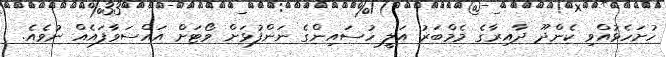
ހުށަހެޅުއްވި ކެންދޫ ދާއިރާގެ މެމްބަރު އަލީ ހުސައިންގެ ނަންފުޅަށް ވޯޓަށް އައްސަވާފައެއް ނުވެއެ.